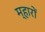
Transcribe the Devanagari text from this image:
म्हारों